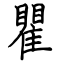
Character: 瞿